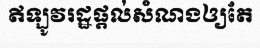
ឥឡូវរដ្ឋផ្តល់សំណងឲ្យតែ